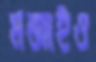
মজাইও